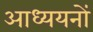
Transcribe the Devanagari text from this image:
आध्ययनों